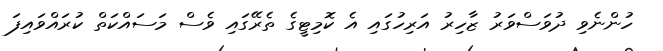
ހުންނެވި ދުވަސްވަރު ޒާހިރު އަރިހުގައި އެ ކޮމިޓީގެ ތެރޭގައި ވެސް މަސައްކަތް ކުރައްވައިފަ